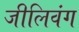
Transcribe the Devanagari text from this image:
जीलिवंग